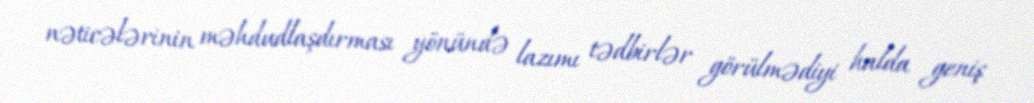
nəticələrinin məhdudlaşdırması yönündə lazımı tədbirlər görülmədiyi halda geniş